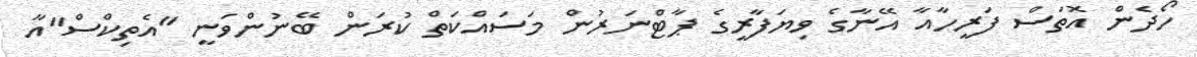
ހޯދެން އޮތަސް ފަރީހާއާ އޭނާގެ ވިޔަފާރީގެ ޕާޓްނަރުން މަސައްކަތް ކުރަން ބޭނުންވަނީ "އެތިކްސް"އާ